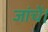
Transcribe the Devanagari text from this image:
जांचें।